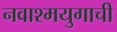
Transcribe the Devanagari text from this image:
नवाश्मयुगाची